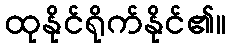
ထုနိုင်ရိုက်နိုင်၏။